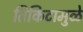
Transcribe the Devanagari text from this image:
तिकिटामुळे